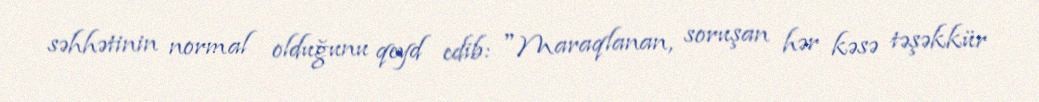
səhhətinin normal olduğunu qeyd edib: "Maraqlanan, soruşan hər kəsə təşəkkür